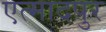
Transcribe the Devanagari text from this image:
एत्मादपुर